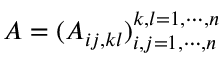
A = ( A _ { i j , k l } ) _ { i , j = 1 , \cdots , n } ^ { k , l = 1 , \cdots , n }